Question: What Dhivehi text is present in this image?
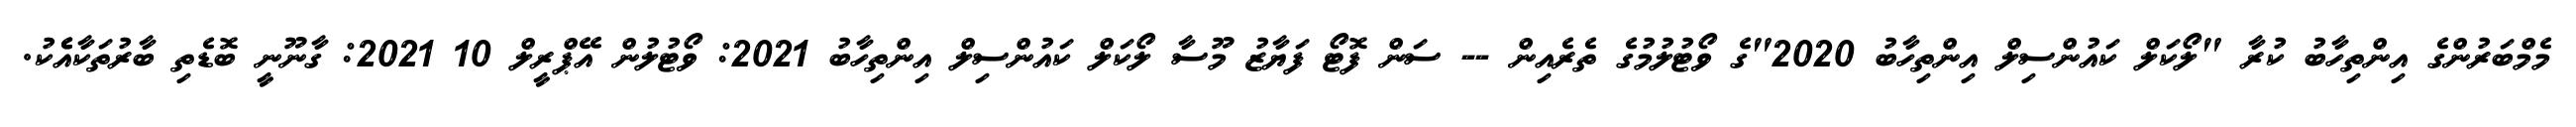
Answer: މެމްބަރުންގެ އިންތިހާބު ކުރާ "ލޯކަލް ކައުންސިލް އިންތިހާބު 2020"ގެ ވޯޓުލުމުގެ ތެރެއިން -- ސަން ފޮޓޯ ފަޔާޒު މޫސާ ލޯކަލް ކައުންސިލް އިންތިހާބު 2021: ވޯޓުލުން އޭޕްރީލް 10 2021: ގާނޫނީ ބޮޑެތި ބާރުތަކާއެެކު.